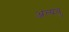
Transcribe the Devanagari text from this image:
अत्यंतु